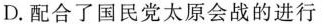
D.配合了国民党太原会战的进行